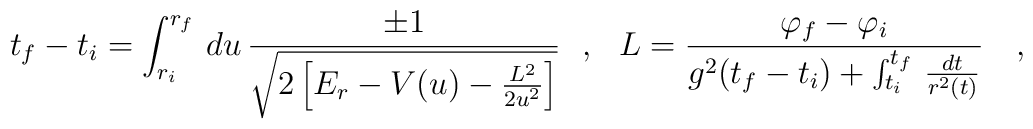
t_f-t_i=\int_{r_i}^{r_f}\,du\,\frac{\pm 1}{\sqrt{2\left[E_r-V(u)-\frac{L^2}{2u^2}\right]}}\ \ ,\ \ L=\frac{\varphi_f-\varphi_i}{g^2(t_f-t_i)+\int_{t_i}^{t_f}\,\frac{dt}{r^2(t)}}\ \ \ ,